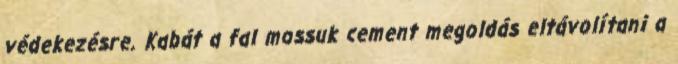
védekezésre. Kabát a fal mossuk cement megoldás eltávolítani a